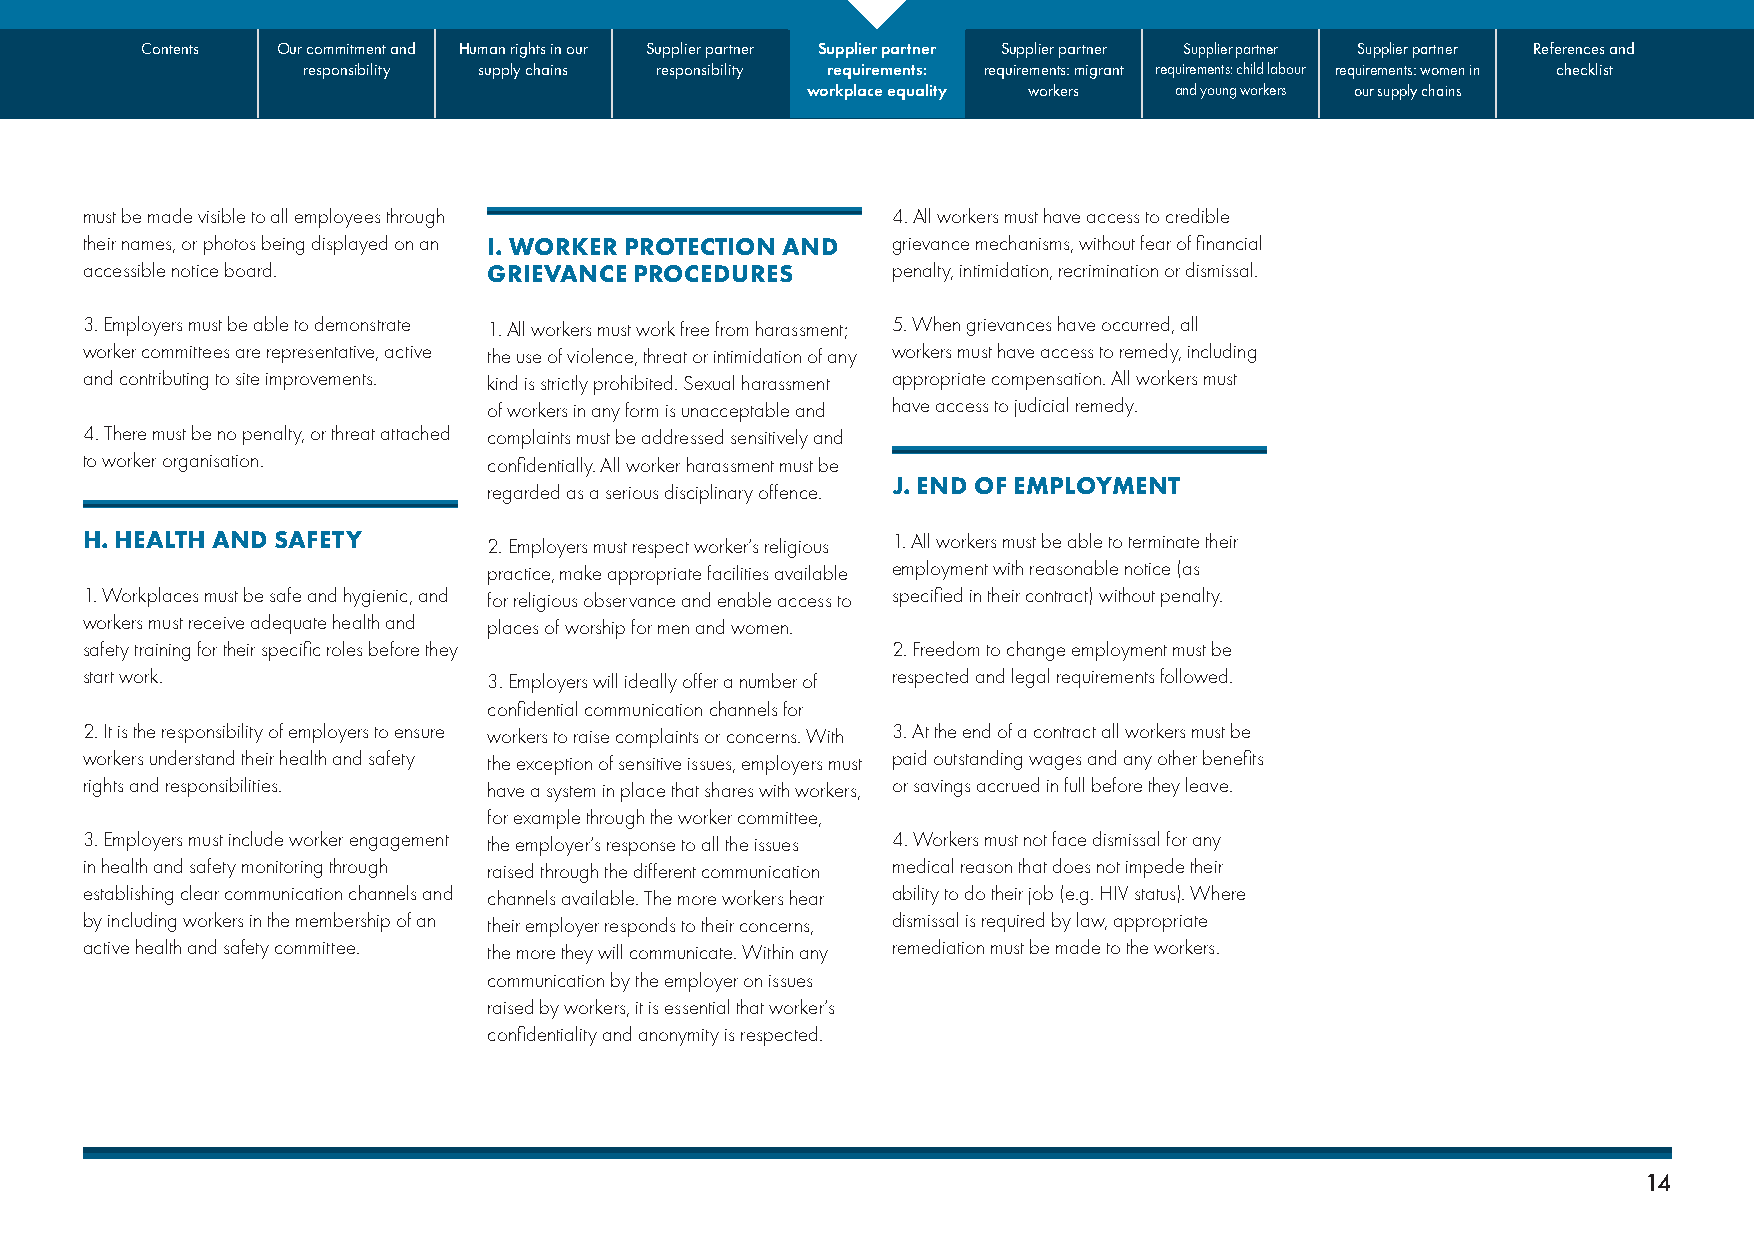
Contents Our commitment and Human rights in our Supplier partner Supplier partner Supplier partner Supplier partner Supplier partner References and
 responsibility supply chains responsibility requirements: requirements: migrant requirements: child labour requirements: women in checklist
 workplace equality workers and young workers our supply chains
 must be made visible to all employees through         4. All workers must have access to credible
 their names, or photos being displayed on an I. WORKER PROTECTION AND grievance mechanisms, without fear of financial
 accessible notice board.   GRIEVANCE PROCEDURES       penalty, intimidation, recrimination or dismissal.
 3. Employers must be able to demonstrate 1. All workers must work free from harassment; 5. When grievances have occurred, all
 worker committees are representative, active the use of violence, threat or intimidation of any workers must have access to remedy, including
 and contributing to site improvements. kind is strictly prohibited. Sexual harassment appropriate compensation. All workers must
 of workers in any form is unacceptable and have access to judicial remedy.
 4. There must be no penalty, or threat attached complaints must be addressed sensitively and
 to worker organisation.    confidentially. All worker harassment must be
 J. END OF EMPLOYMENT
 regarded as a serious disciplinary offence.
 H. HEALTH AND SAFETY       2. Employers must respect worker’s religious 1. All workers must be able to terminate their
 practice, make appropriate facilities available employment with reasonable notice (as
 1. Workplaces must be safe and hygienic, and for religious observance and enable access to specified in their contract) without penalty.
 workers must receive adequate health and places of worship for men and women.
 safety training for their specific roles before they  2. Freedom to change employment must be
 start work.                3. Employers will ideally offer a number of respected and legal requirements followed.
 confidential communication channels for
 2. It is the responsibility of employers to ensure workers to raise complaints or concerns. With 3. At the end of a contract all workers must be
 workers understand their health and safety the exception of sensitive issues, employers must paid outstanding wages and any other benefits
 rights and responsibilities. have a system in place that shares with workers, or savings accrued in full before they leave.
 for example through the worker committee,
 3. Employers must include worker engagement the employer’s response to all the issues 4. Workers must not face dismissal for any
 in health and safety monitoring through raised through the different communication medical reason that does not impede their
 establishing clear communication channels and channels available. The more workers hear ability to do their job (e.g. HIV status). Where
 by including workers in the membership of an their employer responds to their concerns, dismissal is required by law, appropriate
 active health and safety committee. the more they will communicate. Within any remediation must be made to the workers.
 communication by the employer on issues
 raised by workers, it is essential that worker’s
 confidentiality and anonymity is respected.
 14